Indian journal of veterinary science and animal husbandry - Volume 4,
Year: 1934
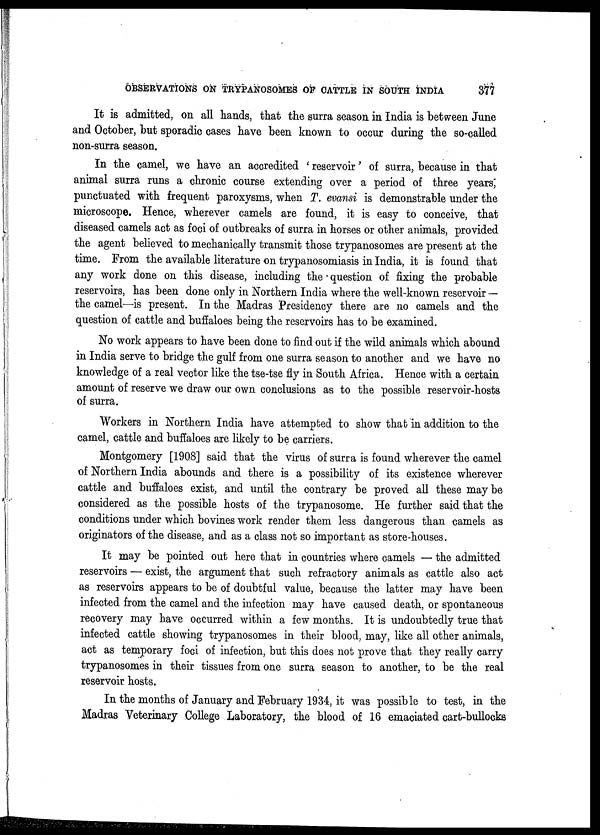
OBSERVATIONS ON TRYPANOSOMES OF CATTLE IN SOUTH INDIA
377
It is admitted, on all hands, that the surra season in India is between June
and October, but sporadic cases have been known to occur during the so-called
non-surra season.
In the camel, we have an accredited ' reservoir' of surra, because in that
animal surra runs a chronic course extending over a period of three years;
punctuated with frequent paroxysms, when T. evansi is demonstrable under the
microscope. Hence, wherever camels are found, it is easy to conceive, that
diseased camels act as foci of outbreaks of surra in horses or other animals, provided
the agent believed to mechanically transmit those trypanosomes are present at the
time. From the available literature on trypanosomiasis in India, it is found that
any work done on this disease, including the question of fixing the probable
reservoirs, has been done only in Northern India where the well-known reservoir —
the camel—is present. In the Madras Presidency there are no camels and the
question of cattle and buffaloes being the reservoirs has to be examined.
No work appears to have been done to find out if the wild animals which abound
in India serve to bridge the gulf from one surra season to another and we have no
knowledge of a real vector like the tse-tse fly in South Africa. Hence with a certain
amount of reserve we draw our own conclusions as to the possible reservoir-hosts
of surra.
Workers in Northern India have attempted to show that in addition to the
camel, cattle and buffaloes are likely to be carriers.
Montgomery [1908] said that the virus of surra is found wherever the camel
of Northern India abounds and there is a possibility of its existence wherever
cattle and buffaloes exist, and until the contrary be proved all these maybe
considered as the possible hosts of the trypanosome. He further said that the
conditions under which bovines work render them less dangerous than camels as
originators of the disease, and as a class not so important as store-houses.
It may be pointed out here that in countries where camels — the admitted
reservoirs — exist, the argument that such refractory animals as cattle also act
as reservoirs appears to be of doubtful value, because the latter may have been
infected from the camel and the infection may have caused death, or spontaneous
recovery may have occurred within a few months. It is undoubtedly true that
infected cattle showing trypanosomes in their blood, may, like all other animals,
act as temporary foci of infection, but this does not prove that they really carry
trypanosomes in their tissues from one surra season to another, to be the real
reservoir hosts.
In the months of January and February 1934, it was possible to test, in the
Madras Veterinary College Laboratory, the blood of 16 emaciated cart-bullocks